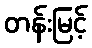
တန်းမြင့်